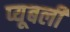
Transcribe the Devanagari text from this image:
प्यूबली